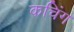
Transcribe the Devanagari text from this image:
कचिंग